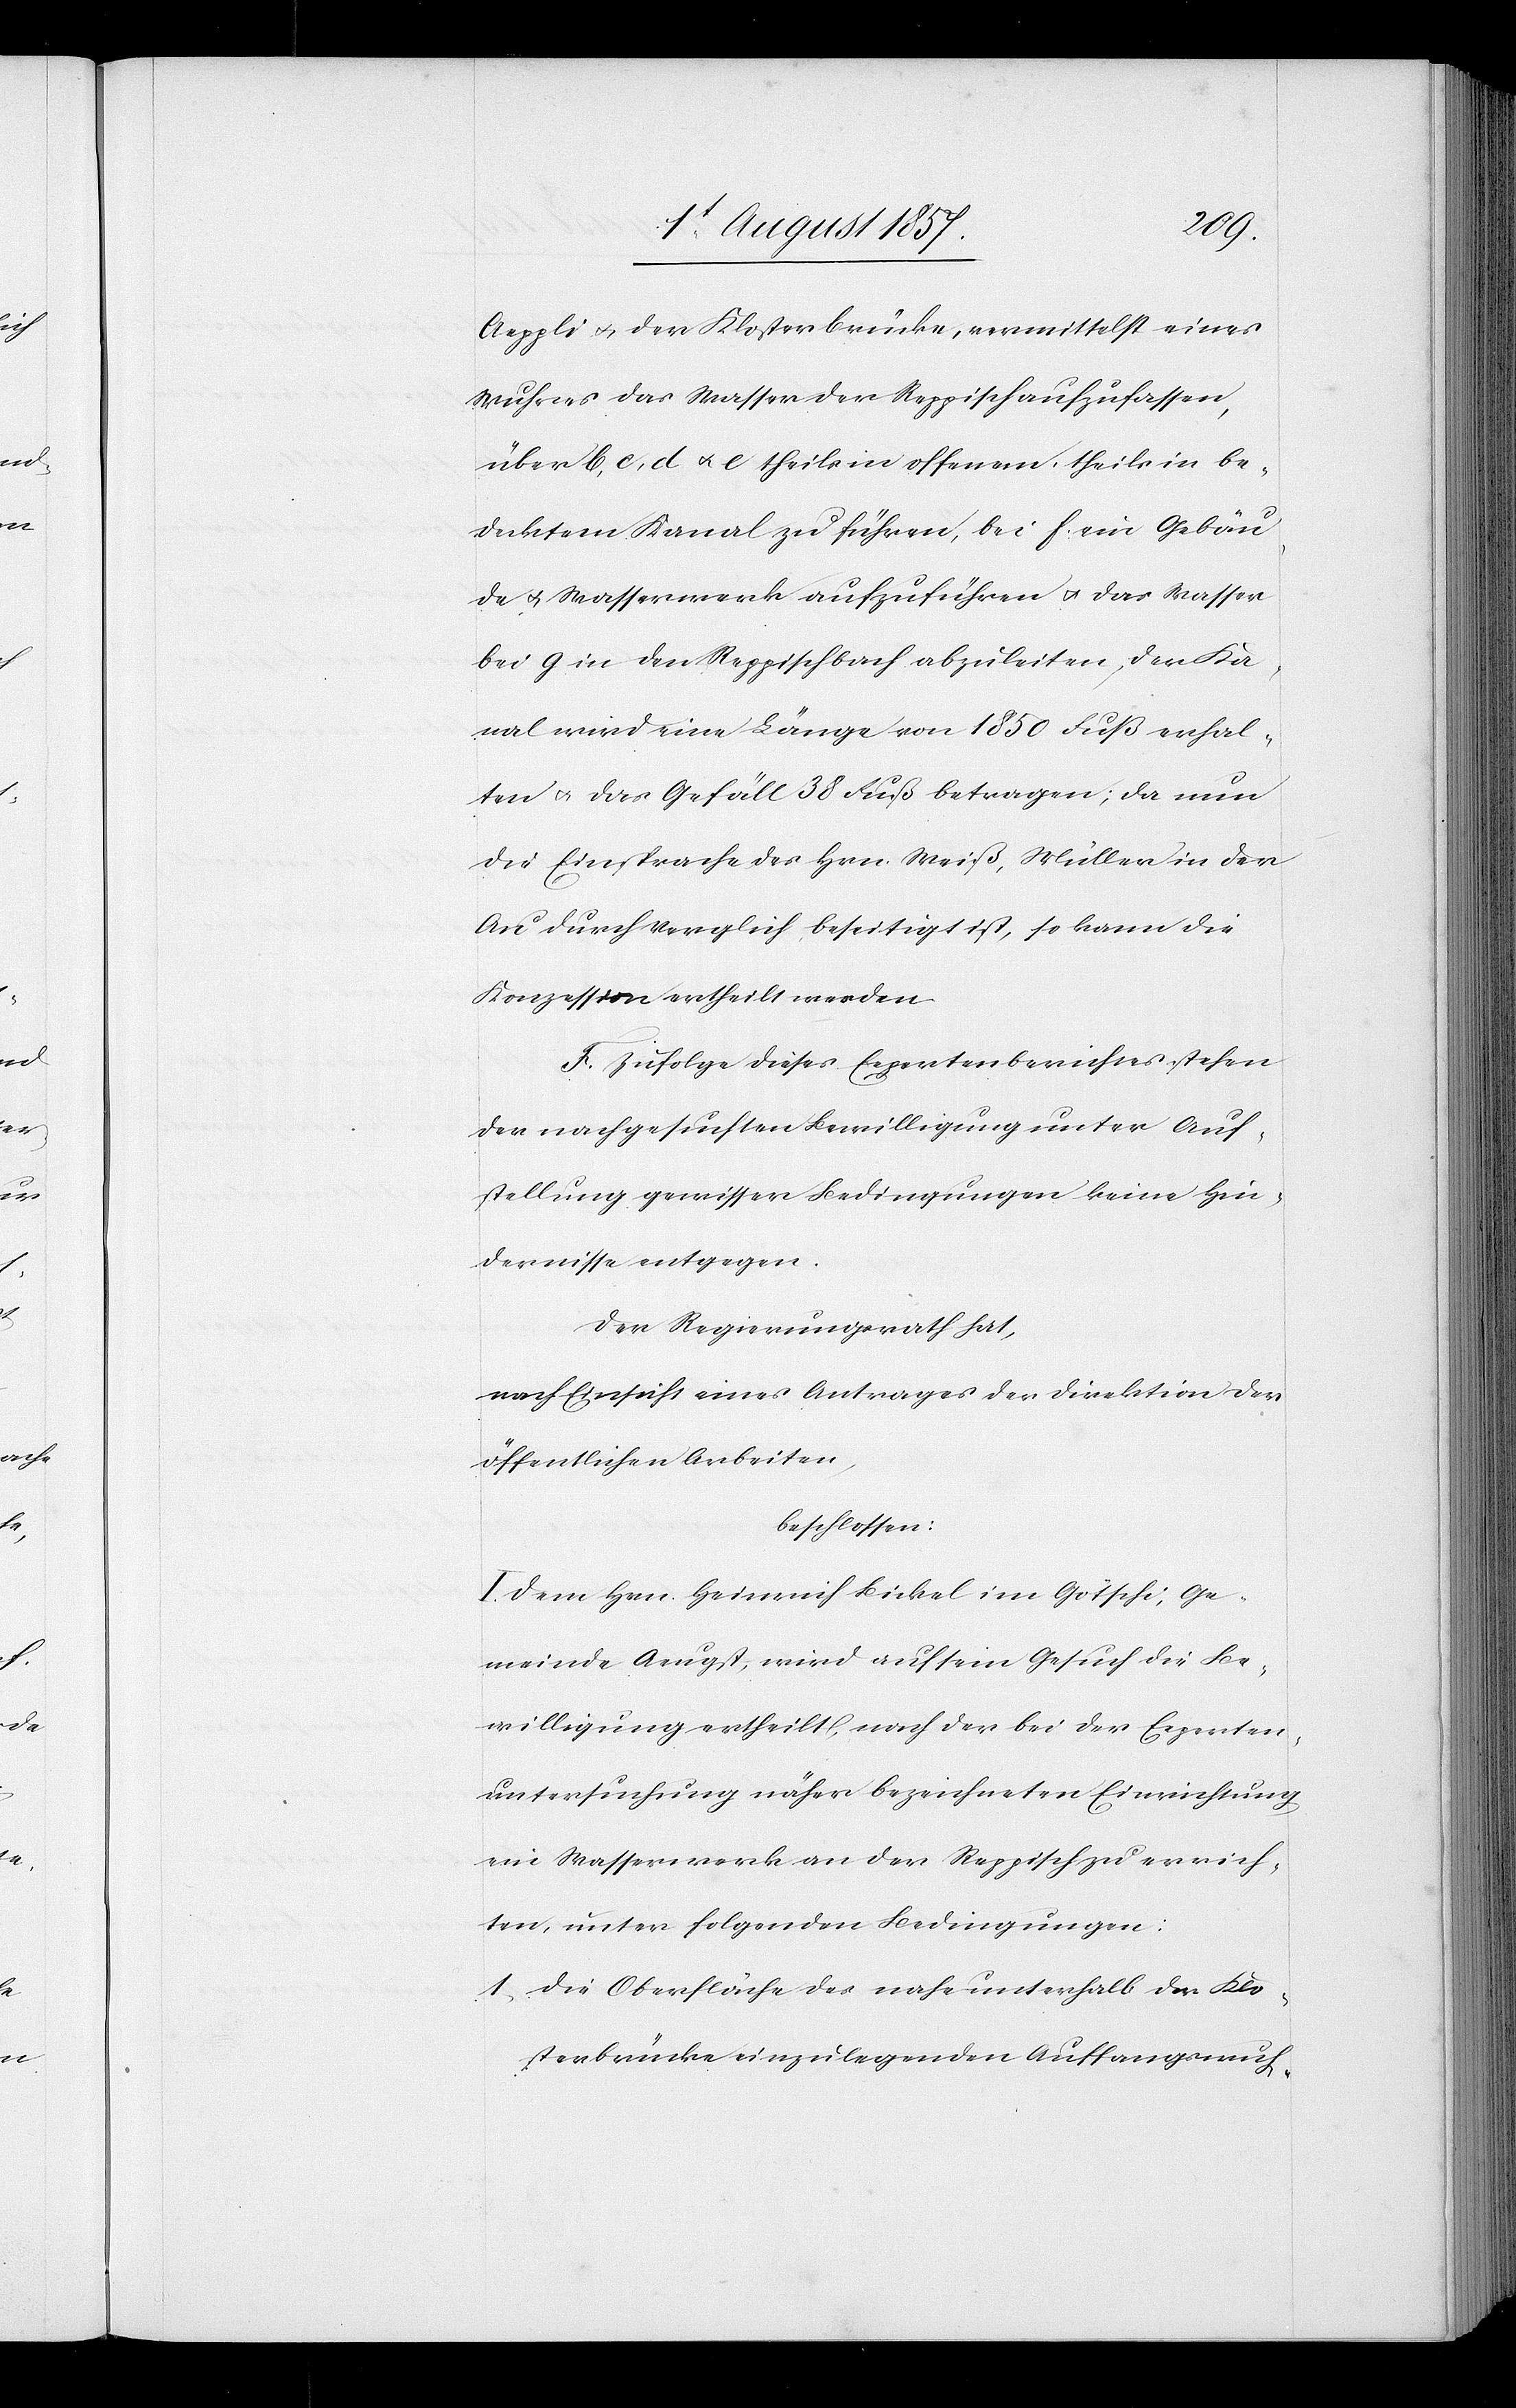
Aeppli & der Klosterbrücke, vermittelst eines
Wuhres das Wasser der Reppisch aufzufassen,
über b, c, d & e theils in offenem, theils in be¬
decktem Kanal zu führen, bei f ein Gebäu¬
de & Wasserwerk aufzuführen & das Wasser
bei g in den Reppischbach abzuleiten, der Ka¬
nal wird eine Länge von 1 850 Fuß erhal¬
ten & das Gefäll 38 Fuß betragen; da nun
die Einsprache des Hrn. Weiß, Müller in der
Au durch Vergleich beseitigt ist, so kann die
Konzession ertheilt werden.
F. Zufolge dieses Expertenberichtes stehen
der nachgesuchten Bewilligung unter Auf¬
stellung gewisser Bedingungen keine Hin¬
dernisse entgegen.
Der Regierungsrath hat,
nach Einsicht eines Antrages der Direktion der
öffentlichen Arbeiten,
beschlossen:
I. Dem Hrn. Heinrich Bickel im Götschi, Ge¬
meinde Aeugst, wird auf sein Gesuch die Be¬
willigung ertheilt, nach der bei der Experten¬
untersuchung näher bezeichneten Einrichtung
ein Wasserwerk an der Reppisch zu errich¬
ten, unter folgenden Bedingungen:
1. Die Oberfläche des nahe unterhalb der Klo¬
sterbrücke einzulegenden Auffangswuh-